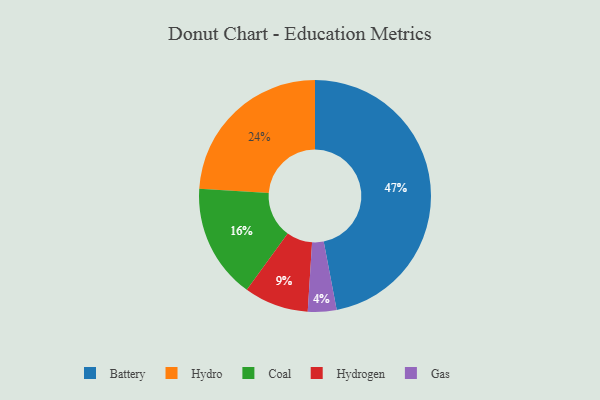
{"axis": {"x": "Category", "y": "Percentage"}, "legend": ["Battery", "Coal", "Gas", "Hydro", "Hydrogen"], "data": [{"x": "Coal", "y": 16, "type": "Coal"}, {"x": "Hydro", "y": 24, "type": "Hydro"}, {"x": "Battery", "y": 47, "type": "Battery"}, {"x": "Hydrogen", "y": 9, "type": "Hydrogen"}, {"x": "Gas", "y": 4, "type": "Gas"}]}